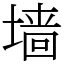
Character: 墙